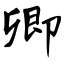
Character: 卿